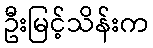
ဦးမြင့်သိန်းက